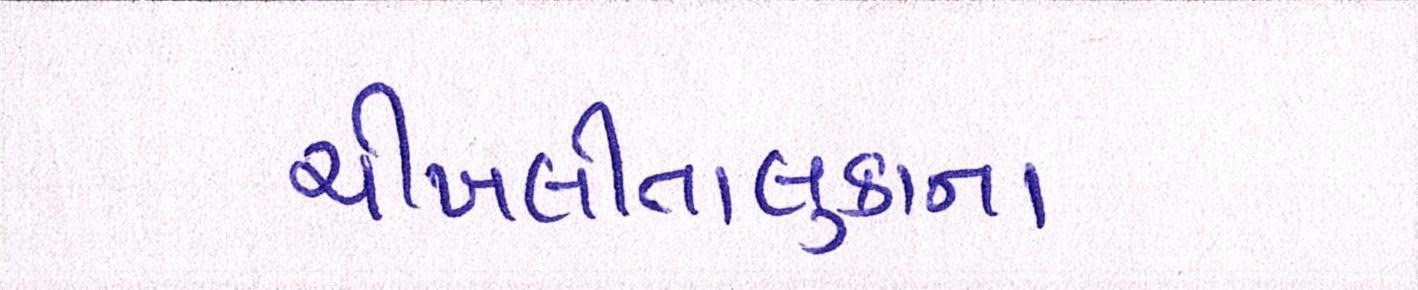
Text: ચીખલીતાલુકાના